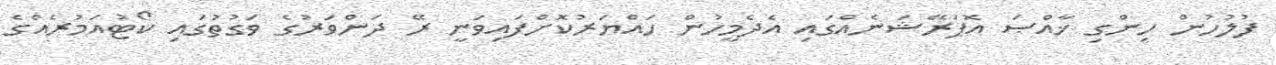
ފުލުހުން ހިންގި ޚާއްޞަ އޮޕަރޭޝަނެއްގައި އެދެމީހުން ހައްޔަރުކޮށްފައިވަނީ ރޭ ދަންވަރުގެ ވަގުތުގައި ކޯޓުއަމުރެއްގެ